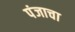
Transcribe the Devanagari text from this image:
पंजाचा